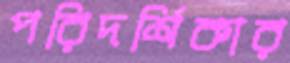
পরিদর্শিকার